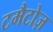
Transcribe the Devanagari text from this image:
टमैटोज़